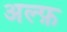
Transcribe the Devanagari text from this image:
अल्फ़